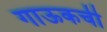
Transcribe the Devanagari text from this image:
गाऊकची